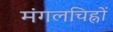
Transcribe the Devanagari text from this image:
मंगलचिह्नों